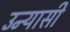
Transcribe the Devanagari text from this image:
उन्यासी